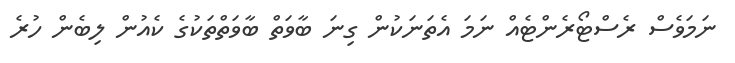
ނަމަވެސް ރެސްޓޯރެންޓެއް ނަމަ އެތަނަކުން ގިނަ ބާވަތް ބާވަތްތަކުގެ ކެއުން ލިބެން ހުރެ